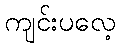
ကျင်းပလေ့